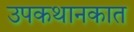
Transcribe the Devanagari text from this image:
उपकथानकात